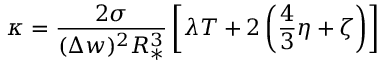
\kappa = \frac { 2 \sigma } { ( \Delta w ) ^ { 2 } R _ { * } ^ { 3 } } \left[ \lambda T + 2 \left( \frac { 4 } { 3 } \eta + \zeta \right) \right]